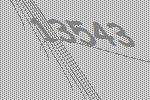
13543